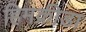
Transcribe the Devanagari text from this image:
हिमक्रीडा